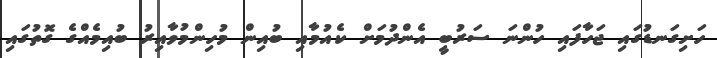
ހަށިގަނޑުގައި ޖަހާފައި ހުންނަ ސަރުބީ އެންދުމަށް ކެއުމާއި ބުއިން މުހިންމުވާއިރު ބުއިމެއްގެ ގޮތުގައި